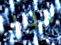
دور